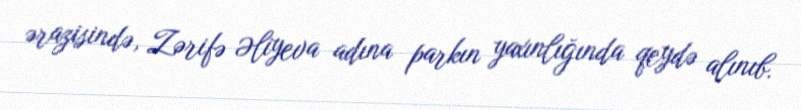
ərazisində, Zərifə Əliyeva adına parkın yaxınlığında qeydə alınıb.